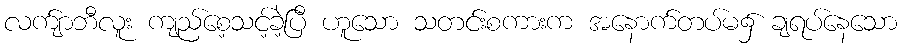
လက်ျာဘီလူး ကျည်စေ့သင့်ခဲ့ပြီ ဟူသော သတင်းစကားက အနောက်တပ်မ၌ ချရပ်နေသော